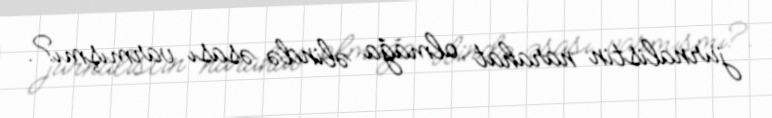
jurnalistin narahat olmağa əlində əsası varmışmı?.